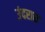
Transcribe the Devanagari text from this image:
उंदरास